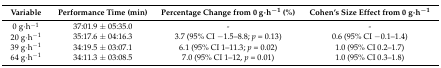
| Variable | Performance Time (min) | Percentage Change from 0 g·h−1 (%) | Cohen’s Size Effect from 0 g·h−1 |
 | --- | --- | --- | --- |
 | 0 g·h−1 | 37:01.9 ± 05:35.0 | - | - |
 | 20 g·h−1 | 35:17.6 ± 04:16.3 | 3.7 (95% CI −1.5–8.8; p = 0.13) | 0.6 (95% CI −0.1–1.4) |
 | 39 g·h−1 | 34:19.5 ± 03:07.1 | 6.1 (95% CI 1–11.3; p = 0.02) | 1.0 (95% CI 0.2–1.7) |
 | 64 g·h−1 | 34:11.3 ± 03:08.5 | 7.0 (95% CI 1–12, p = 0.01) | 1.0 (95% CI 0.3–1.8) |